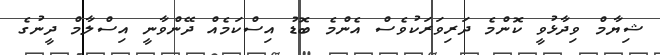
ޝިޔާމް ވިދާޅުވީ ކޮންމެ ދަރިވަރަކުވެސް އެންމެ ބޮޑު އިސްކަމެއް ދޭންވާނީ އިސްލާމް ދީނުގެ